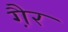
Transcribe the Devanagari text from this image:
गै़र